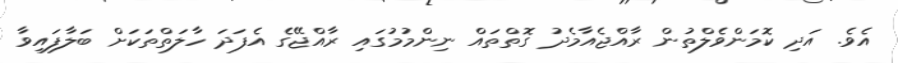
އެވެ. އަދި ކޮމަންވެލްތުން ރާއްޖެއާމެދު ގޮތްތައް ނިންމުމުގައި ރާއްޖޭގެ އެފަދަ ހާލަތްތަކަށް ބަލާފައިވާ